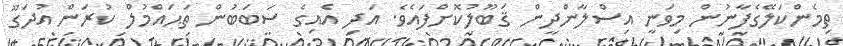
ތިމެންކަލޭގެފާނުން މިވަނީ އިސްލާންދީން ޤަބޫލުކޮށްފައެވެ. އަދި އެއިގެ ސަބަބުން ތަޙައްމުލް ކުރަން އުދަގޫ